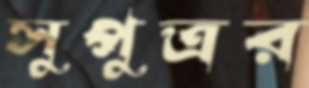
সুপুত্রর